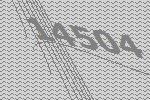
14504